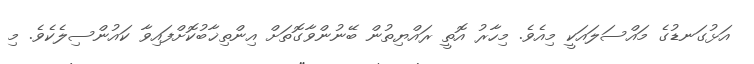
އަޅުގަނޑުގެ މައްސަލައަކީ މިއެވެ. މިހާރު އޮތީ ރައްޔިތުން ބޭނުންވާގޮތަށް އިންތިޚާބުކޮށްފައިވާ ކައުންސިލެކެވެ. މި